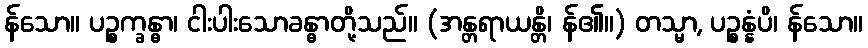
န်သော။ ပဉ္စက္ခန္ဓာ၊ ငါးပါးသောခန္ဓာတို့သည်။ (အန္တရာယန္တိ၊ န်၏။) တသ္မာ, ပဉ္စန္နံပိ၊ န်သော။